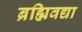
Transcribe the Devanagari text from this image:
ब्रह्मिवद्या